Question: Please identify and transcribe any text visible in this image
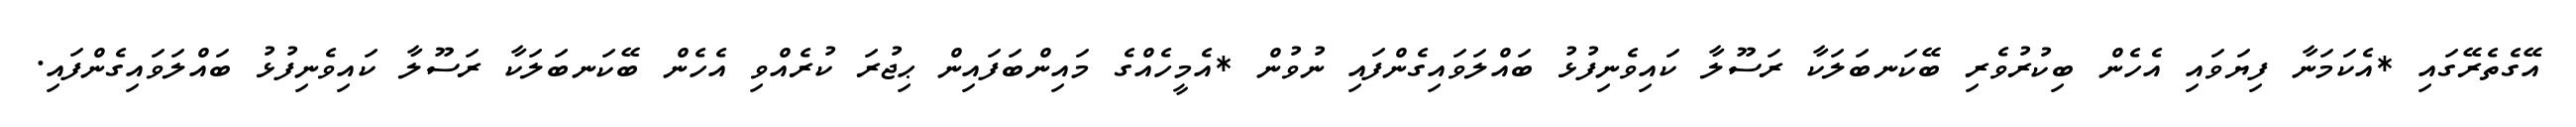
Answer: އޭގެތެރޭގައި *އެކަމަނާ ފިޔަވައި އެހެން ބިކުރުވެރި ބޭކަނބަލަކާ ރަސޫލާ ކައިވެނިފުޅު ބައްލަވައިގެންފައި ނުވުން *އެމީހެއްގެ މައިންބަފައިން ޙިޖުރަ ކުރެއްވި އެހެން ބޭކަނބަލަކާ ރަސޫލާ ކައިވެނިފުޅު ބައްލަވައިގެންފައި.